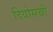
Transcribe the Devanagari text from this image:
दियोसची